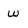
Character: w